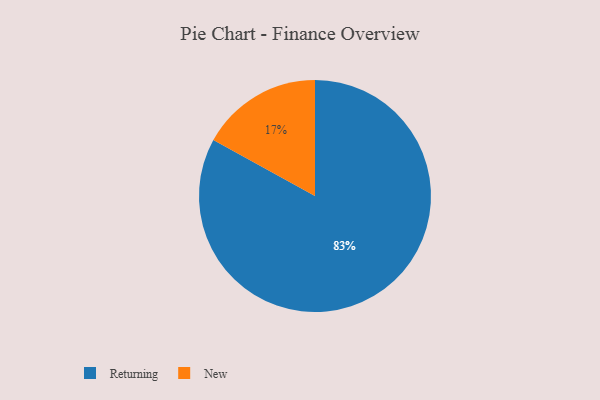
{"axis": {"x": "Category", "y": "Percentage"}, "legend": ["New", "Returning"], "data": [{"x": "Returning", "y": 83, "type": "Returning"}, {"x": "New", "y": 17, "type": "New"}]}